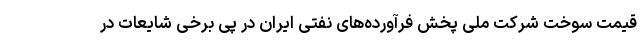
قیمت سوخت شرکت ملی پخش فرآورده‌های نفتی ایران در پی برخی شایعات در